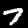
Label: 7